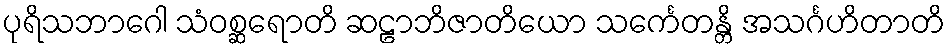
ပုရိသဘာဂေါ သံဝစ္ဆရောတိ ဆဠာဘိဇာတိယော သင်္ကေတန္တိ အသင်္ဂဟိတာတိ